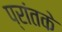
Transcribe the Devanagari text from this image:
प्रांतके